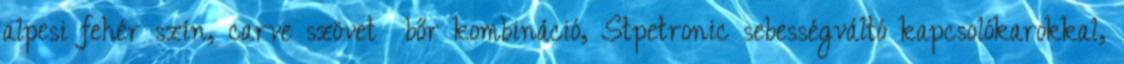
alpesi fehér szín, carve szövet bőr kombináció, Stpetronic sebességváltó kapcsolókarokkal,